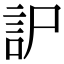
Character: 𧥤